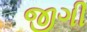
જીગી